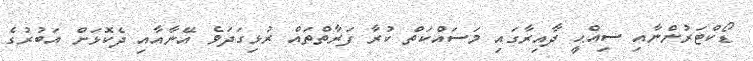
ޑޯކްޓަރުންނާއި ސިއްޙީ ދާއިރާގައި މަސައްކަތް ކުރާ ފަރާތްތައް ރުޅިގަދަވެ އޭނާއާއި ދެކޮޅަށް އަބުރުގެ